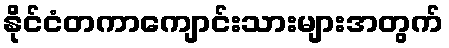
နိုင်ငံတကာကျောင်းသားများအတွက်